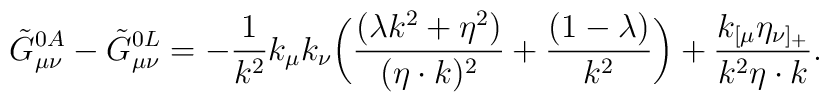
\tilde G^{0 A}_{\mu\nu}-\tilde G^{0 L}_{\mu\nu}= -{1\over k^2}k_\mu k_\nu\biggl({(\lambda k^2+\eta^2)\over{(\eta\cdot k)^2}}+{(1-\lambda)\over k^2}\biggr) + {k_{[\mu}\eta_{\nu]_+}\over{k^2\eta\cdot k}}.